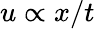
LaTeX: u\propto x/t